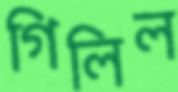
গিলিল